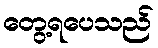
တွေ့ရပေသည်